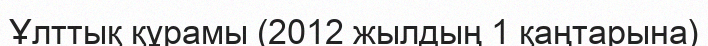
Ұлттық құрамы (2012 жылдың 1 қаңтарына)